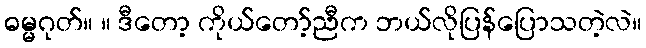
ဓမ္မဂုတ်။ ။ ဒီတော့ ကိုယ်တော့်ညီက ဘယ်လိုပြန်ပြောသတဲ့လဲ။